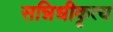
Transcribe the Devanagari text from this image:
सन्निधीकृत्य